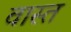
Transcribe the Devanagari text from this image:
वास्त